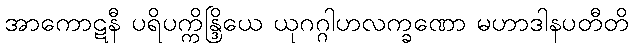
အာကောဋနီ ပရိပက္ကိန္ဒြိယေ ယုဂဂ္ဂါဟလက္ခဏော မဟာဒါနပတီတိ